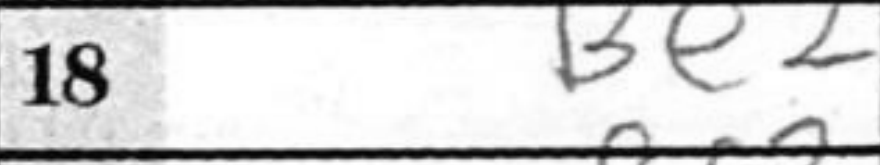
Transcription: Be2